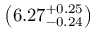
\left( 6 . 2 7 _ { - 0 . 2 4 } ^ { + 0 . 2 5 } \right)